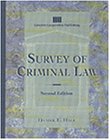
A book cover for Survey of Criminal Law (Lq-Paralegal); J. D., Daniel Hall; Law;